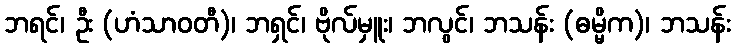
ဘရင်၊ ဦး (ဟံသာဝတီ)၊ ဘရှင်၊ ဗိုလ်မှူး၊ ဘလွင်၊ ဘသန်း (ဓမ္မိက)၊ ဘသန်း